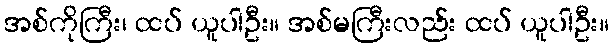
အစ်ကိုကြီး၊ ထပ် ယူပါဦး။ အစ်မကြီးလည်း ထပ် ယူပါဦး။